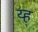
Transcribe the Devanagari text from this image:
य्ह्